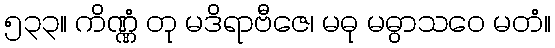
၅၃၃။ ကိဏ္ဏံ တု မဒိရာဗီဇေ၊ မဓု မဓွာသဝေ မတံ။